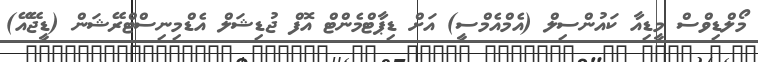
މޯލްޑިވްސް މީޑިއާ ކައުންސިލް (އެމްއެމްސީ) އަށް ޑިޕާޓްމެންޓް އޮފް ޖުޑިޝަލް އެޑްމިނިސްޓްރޭޝަން (ޑީޖޭއޭ)